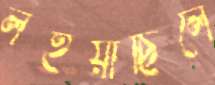
লইয়াছিলে